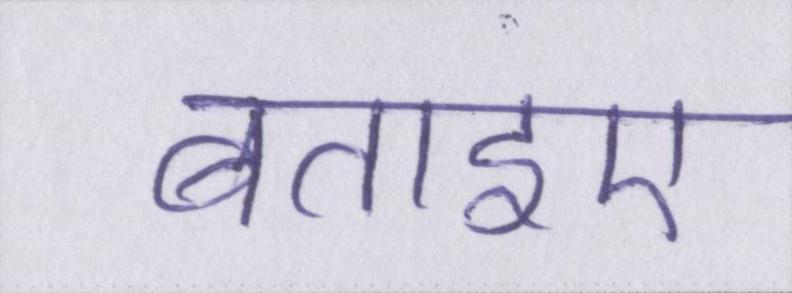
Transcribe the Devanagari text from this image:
बताइए